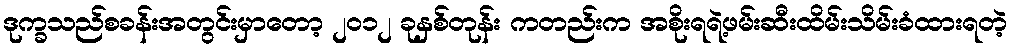
ဒုက္ခသည်စခန်းအတွင်းမှာတော့ ၂၀၁၂ ခုနှစ်တုန်း ကတည်းက အစိုးရရဲ့ဖမ်းဆီးထိမ်းသိမ်းခံထားရတဲ့